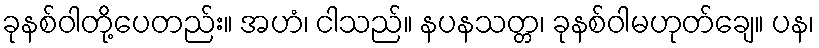
ခုနစ်ဝါတို့ပေတည်း။ အဟံ၊ ငါသည်။ နပနသတ္တ၊ ခုနစ်ဝါမဟုတ်ချေ။ ပန၊